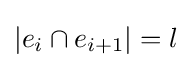
|e_{i}\cap e_{i+1}|=l